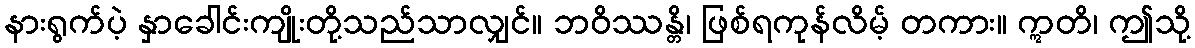
နားရွက်ပဲ့ နှာခေါင်းကျိုးတို့သည်သာလျှင်။ ဘဝိဿန္တိ၊ ဖြစ်ရကုန်လိမ့် တကား။ ဣတိ၊ ဤသို့